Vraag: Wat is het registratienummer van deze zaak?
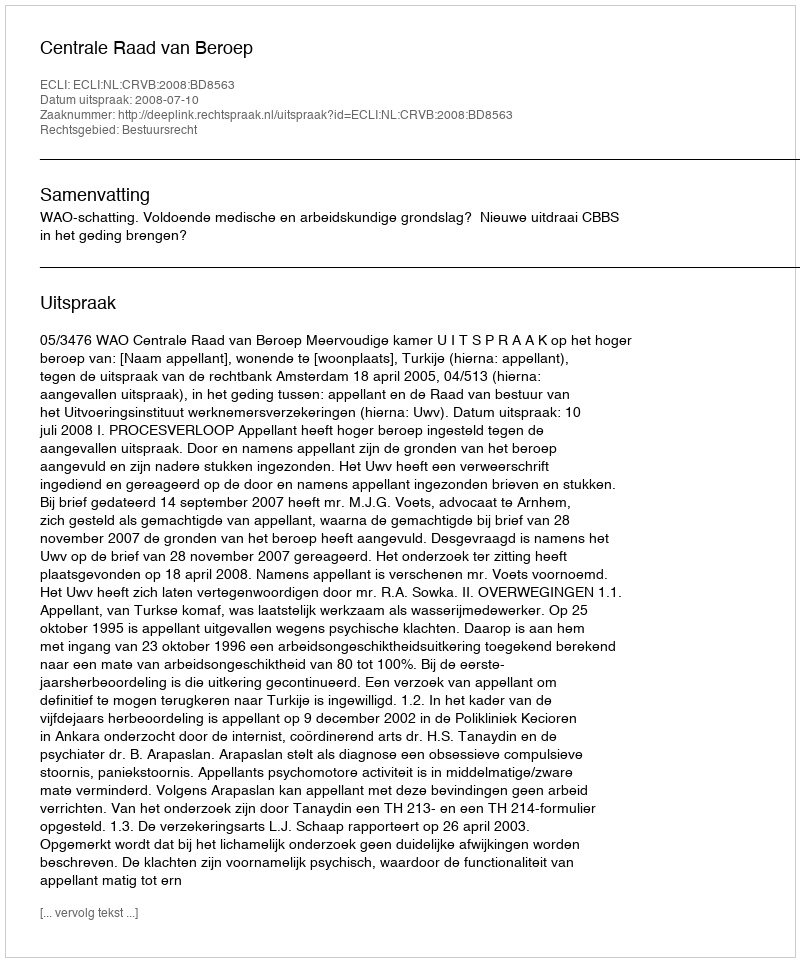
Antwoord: http://deeplink.rechtspraak.nl/uitspraak?id=ECLI:NL:CRVB:2008:BD8563